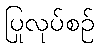
ပြုလုပ်စဉ်